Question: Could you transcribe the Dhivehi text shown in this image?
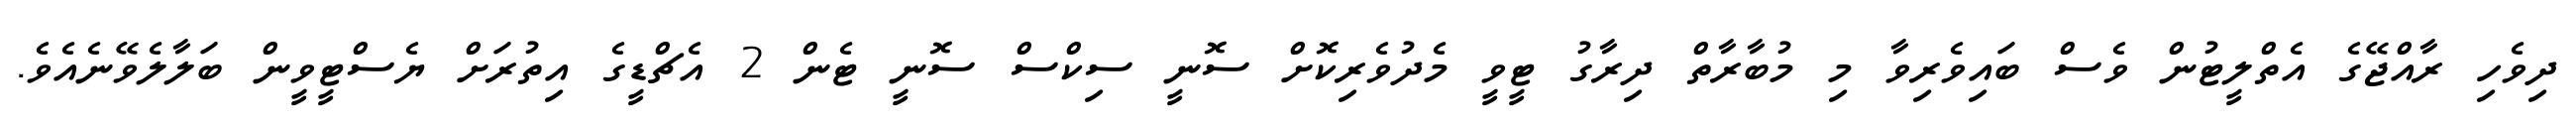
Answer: ދިވެހި ރާއްޖޭގެ އެތްލީޓުން ވެސް ބައިވެރިވާ މި މުބާރާތް ދިރާގު ޓީވީ މެދުވެރިކޮށް ސޮނީ ސިކްސް ސޮނީ ޓެން 2 އެޗްޑީގެ އިތުރަށް ޔެސްޓީވީން ބަލާލެވޭނެއެވެ.